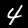
Digit: 4